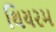
થિયરમ